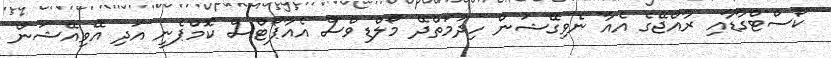
ކޯސްޓްގާޑާއި ރާއްޖޭގެ އެއާ ނެވިގޭޝަން ހިދުމަތްދޭ މޯލްޑިވްސް އެއާޕޯޓްސް ކޮމްޕެނީ އަދި އޭވިއޭޝަން